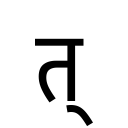
OCR:
त्